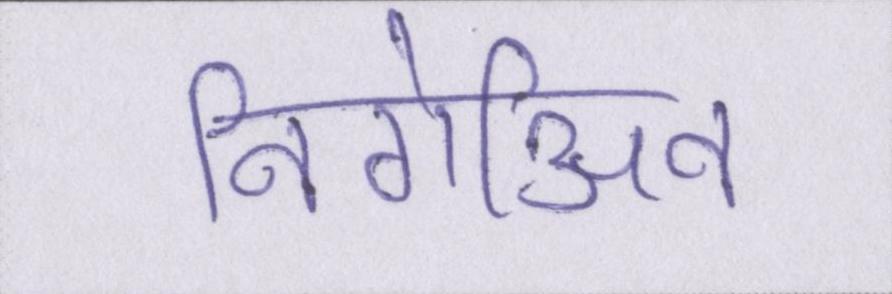
निगेअिव